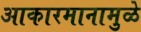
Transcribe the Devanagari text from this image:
आकारमानामुळे